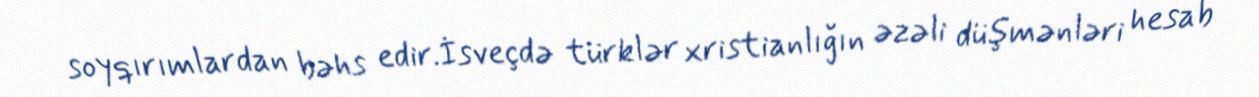
soyqırımlardan bəhs edir.İsveçdə türklər xristianlığın əzəli düşmənləri hesab